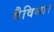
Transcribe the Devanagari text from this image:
वैविध्य।